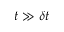
t \gg \delta t